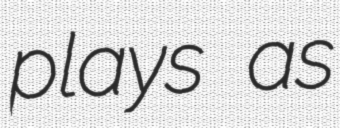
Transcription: plays as